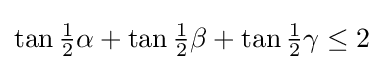
\tan {\tfrac {1}{2}}\alpha +\tan {\tfrac {1}{2}}\beta +\tan {\tfrac {1}{2}}\gamma \leq 2